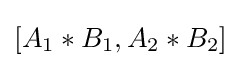
\left[A_{1}*B_{1},A_{2}*B_{2}\right]